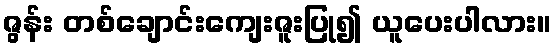
ဇွန်း တစ်ချောင်းကျေးဇူးပြု၍ ယူပေးပါလား။